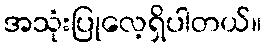
အသုံးပြုလေ့ရှိပါတယ်။